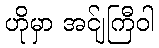
ဟိုမှာ အင်ျကြီဝါ